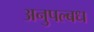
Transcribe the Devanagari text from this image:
अनुपल्बध